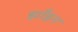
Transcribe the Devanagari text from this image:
झाँइन